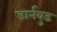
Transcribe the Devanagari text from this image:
डार्नवुड